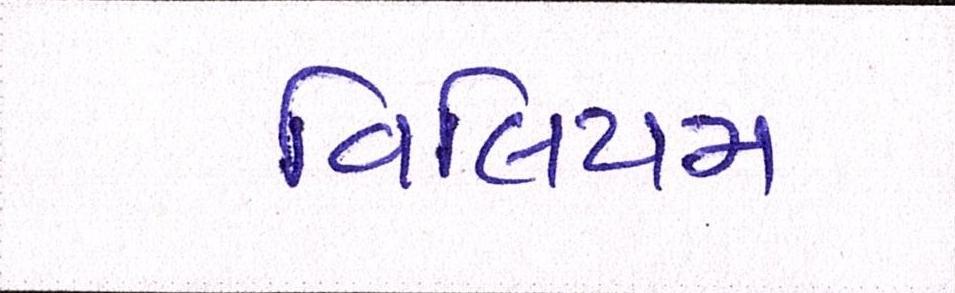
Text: વિલિયમ